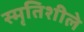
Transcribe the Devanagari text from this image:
स्मृतिशीले